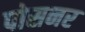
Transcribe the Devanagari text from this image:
पोसनर